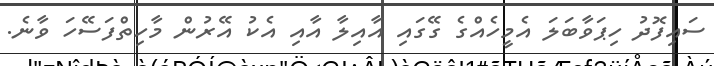
ސައިފޮދު ހިޕަވާބަލަ އެމީހެއްގެ ގޭގައި އާއިލާ އާއި އެކު އޭރުން މާހިތްފަސޭހަ ވާނެ.